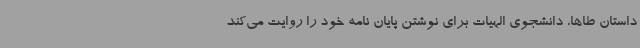
داستان طاها، دانشجوی الهیات برای نوشتن پایان نامه خود را روایت می‌کند